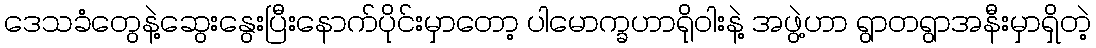
ဒေသခံတွေနဲ့ဆွေးနွေးပြီးနောက်ပိုင်းမှာတော့ ပါမောက္ခဟာရိုဝါးနဲ့ အဖွဲ့ဟာ ရွာတရွာအနီးမှာရှိတဲ့